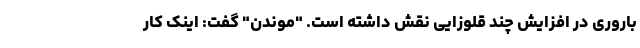
باروری در افزایش چند قلوزایی نقش داشته است. "موندن" گفت: اینک کار